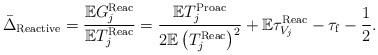
LaTeX: \begin{align*}\bar{\Delta}_{\rm Reactive}=\frac{\mathbb{E}G^{\rm Reac}_j}{\mathbb{E}T^{\rm Reac}_j}=\frac{\mathbb{E}T^{\rm Proac}_j}{2\mathbb{E}\left(T^{\rm Reac}_j\right)^2}+\mathbb{E}\tau^{\rm Reac}_{V_j}-\tau_{\rm f}-\frac{1}{2}.\end{align*}